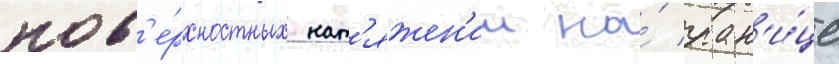
пов'е́рхностных нат'яжен'ии на́ гран'и́це